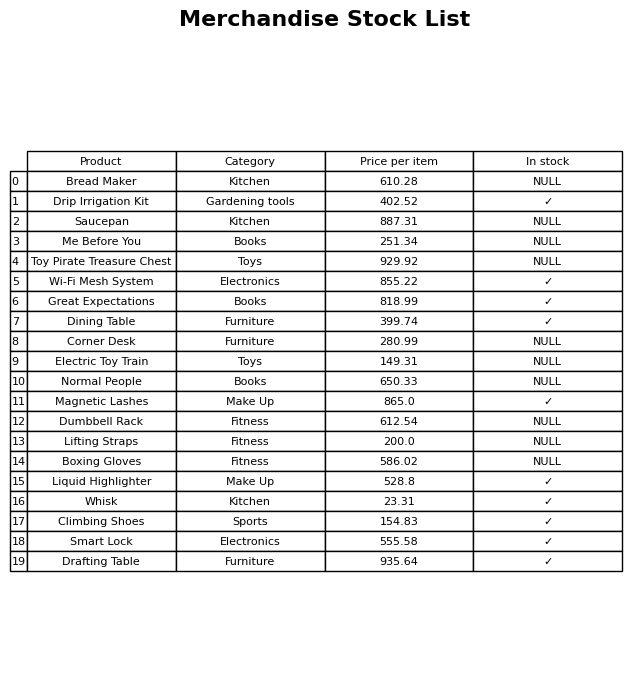
question: What is the stock status of the Toy Pirate Treasure Chest?
answer: NULL